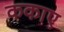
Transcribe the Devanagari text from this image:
ककाए